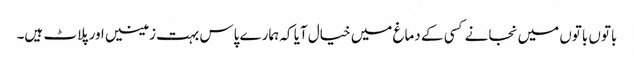
باتوں باتوں میں نجانے کسی کے دماغ میں خیال آیا کہ ہمارے پاس بہت زمینیں اور پلاٹ ہیں۔